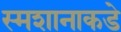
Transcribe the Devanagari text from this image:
स्मशानाकडे